Scientific memoirs by medical officers of the Army of India - Part III,
Year: 1887
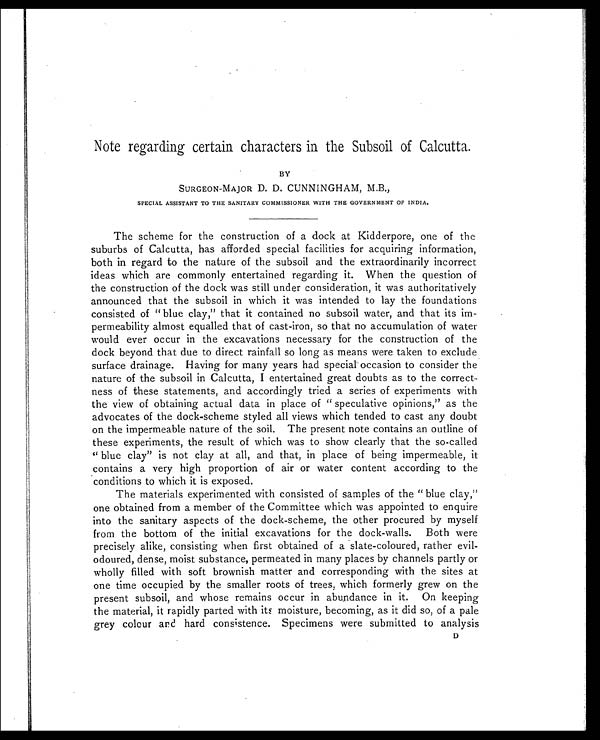
Note regarding certain characters in the Subsoil of Calcutta.
BY
SURGEON-MAJOR D. D. CUNNINGHAM, M.B.,
SPECIAL ASSISTANT TO THE SANITARY COMMISSIONER WITH THE GOVERNMENT OF INDIA.
The scheme for the construction of a dock at Kidderpore, one of the
suburbs of Calcutta, has afforded special facilities for acquiring information,
both in regard to the nature of the subsoil and the extraordinarily incorrect
ideas which are commonly entertained regarding it. When the question of
the construction of the dock was still under consideration, it was authoritatively
announced that the subsoil in which it was intended to lay the foundations
consisted of "blue clay," that it contained no subsoil water, and that its im
-permeability almost equalled that of cast-iron, so that no accumulation of water
would ever occur in the excavations necessary for the construction of the
dock beyond that due to direct rainfall so long as means were taken to exclude
surface drainage. Having for many years had special occasion to consider the
nature of the subsoil in Calcutta, I entertained great doubts as to the correct
-ness of these statements, and accordingly tried a series of experiments with
the view of obtaining actual data in place of "speculative opinions," as the
advocates of the dock-scheme styled all views which tended to cast any doubt
on the impermeable nature of the soil. The present note contains an outline of
these experiments, the result of which was to show clearly that the so-called
"blue clay" is not clay at all, and that, in place of being impermeable, it
contains a very high proportion of air or water content according to the
conditions to which it is exposed.
The materials experimented with consisted of samples of the "blue clay,"
one obtained from a member of the Committee which was appointed to enquire
into the sanitary aspects of the dock-scheme, the other procured by myself
from the bottom of the initial excavations for the dock-walls. Both were
precisely alike, consisting when first obtained of a slate-coloured, rather evil-
odoured, dense, moist substance, permeated in many places by channels partly or
wholly filled with soft brownish matter and corresponding with the sites at
one time occupied by the smaller roots of trees, which formerly grew on the
present subsoil, and whose remains occur in abundance in it. On keeping
the material, it rapidly parted with its moisture, becoming, as it did so, of a pale
grey colour and hard consistence. Specimens were submitted to analysis
D